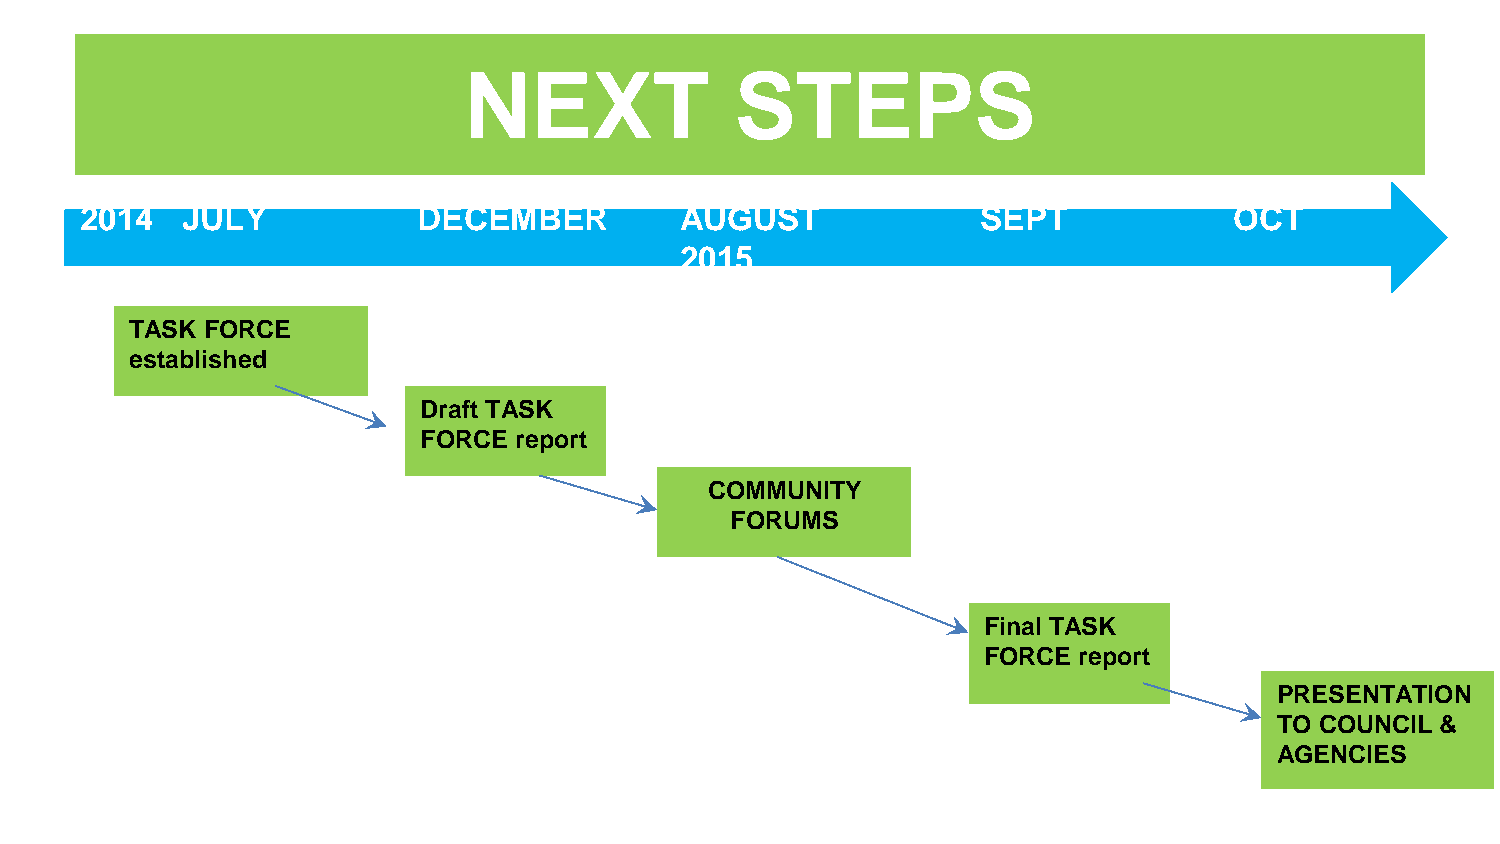
NEXT              STEPS
 2014   JULY            DECEMBER         AUGUST              SEPT             OCT
 2015
 TASK FORCE
 established
 Draft TASK
 FORCE report
 COMMUNITY
 FORUMS
 Final TASK
 FORCE report
 PRESENTATION
 TO COUNCIL &
 AGENCIES